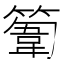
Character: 𥲾